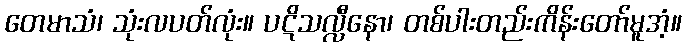
တေမာသံ၊ သုံးလပတ်လုံး။ ပဋိသလ္လီနော၊ တစ်ပါးတည်းကိန်းတော်မူအံ့။